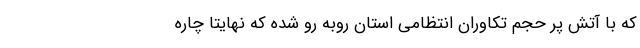
که با آتش پر حجم تکاوران انتظامی استان روبه رو شده که نهایتا چاره